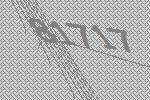
81717